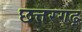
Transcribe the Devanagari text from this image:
छत्तरगढ़